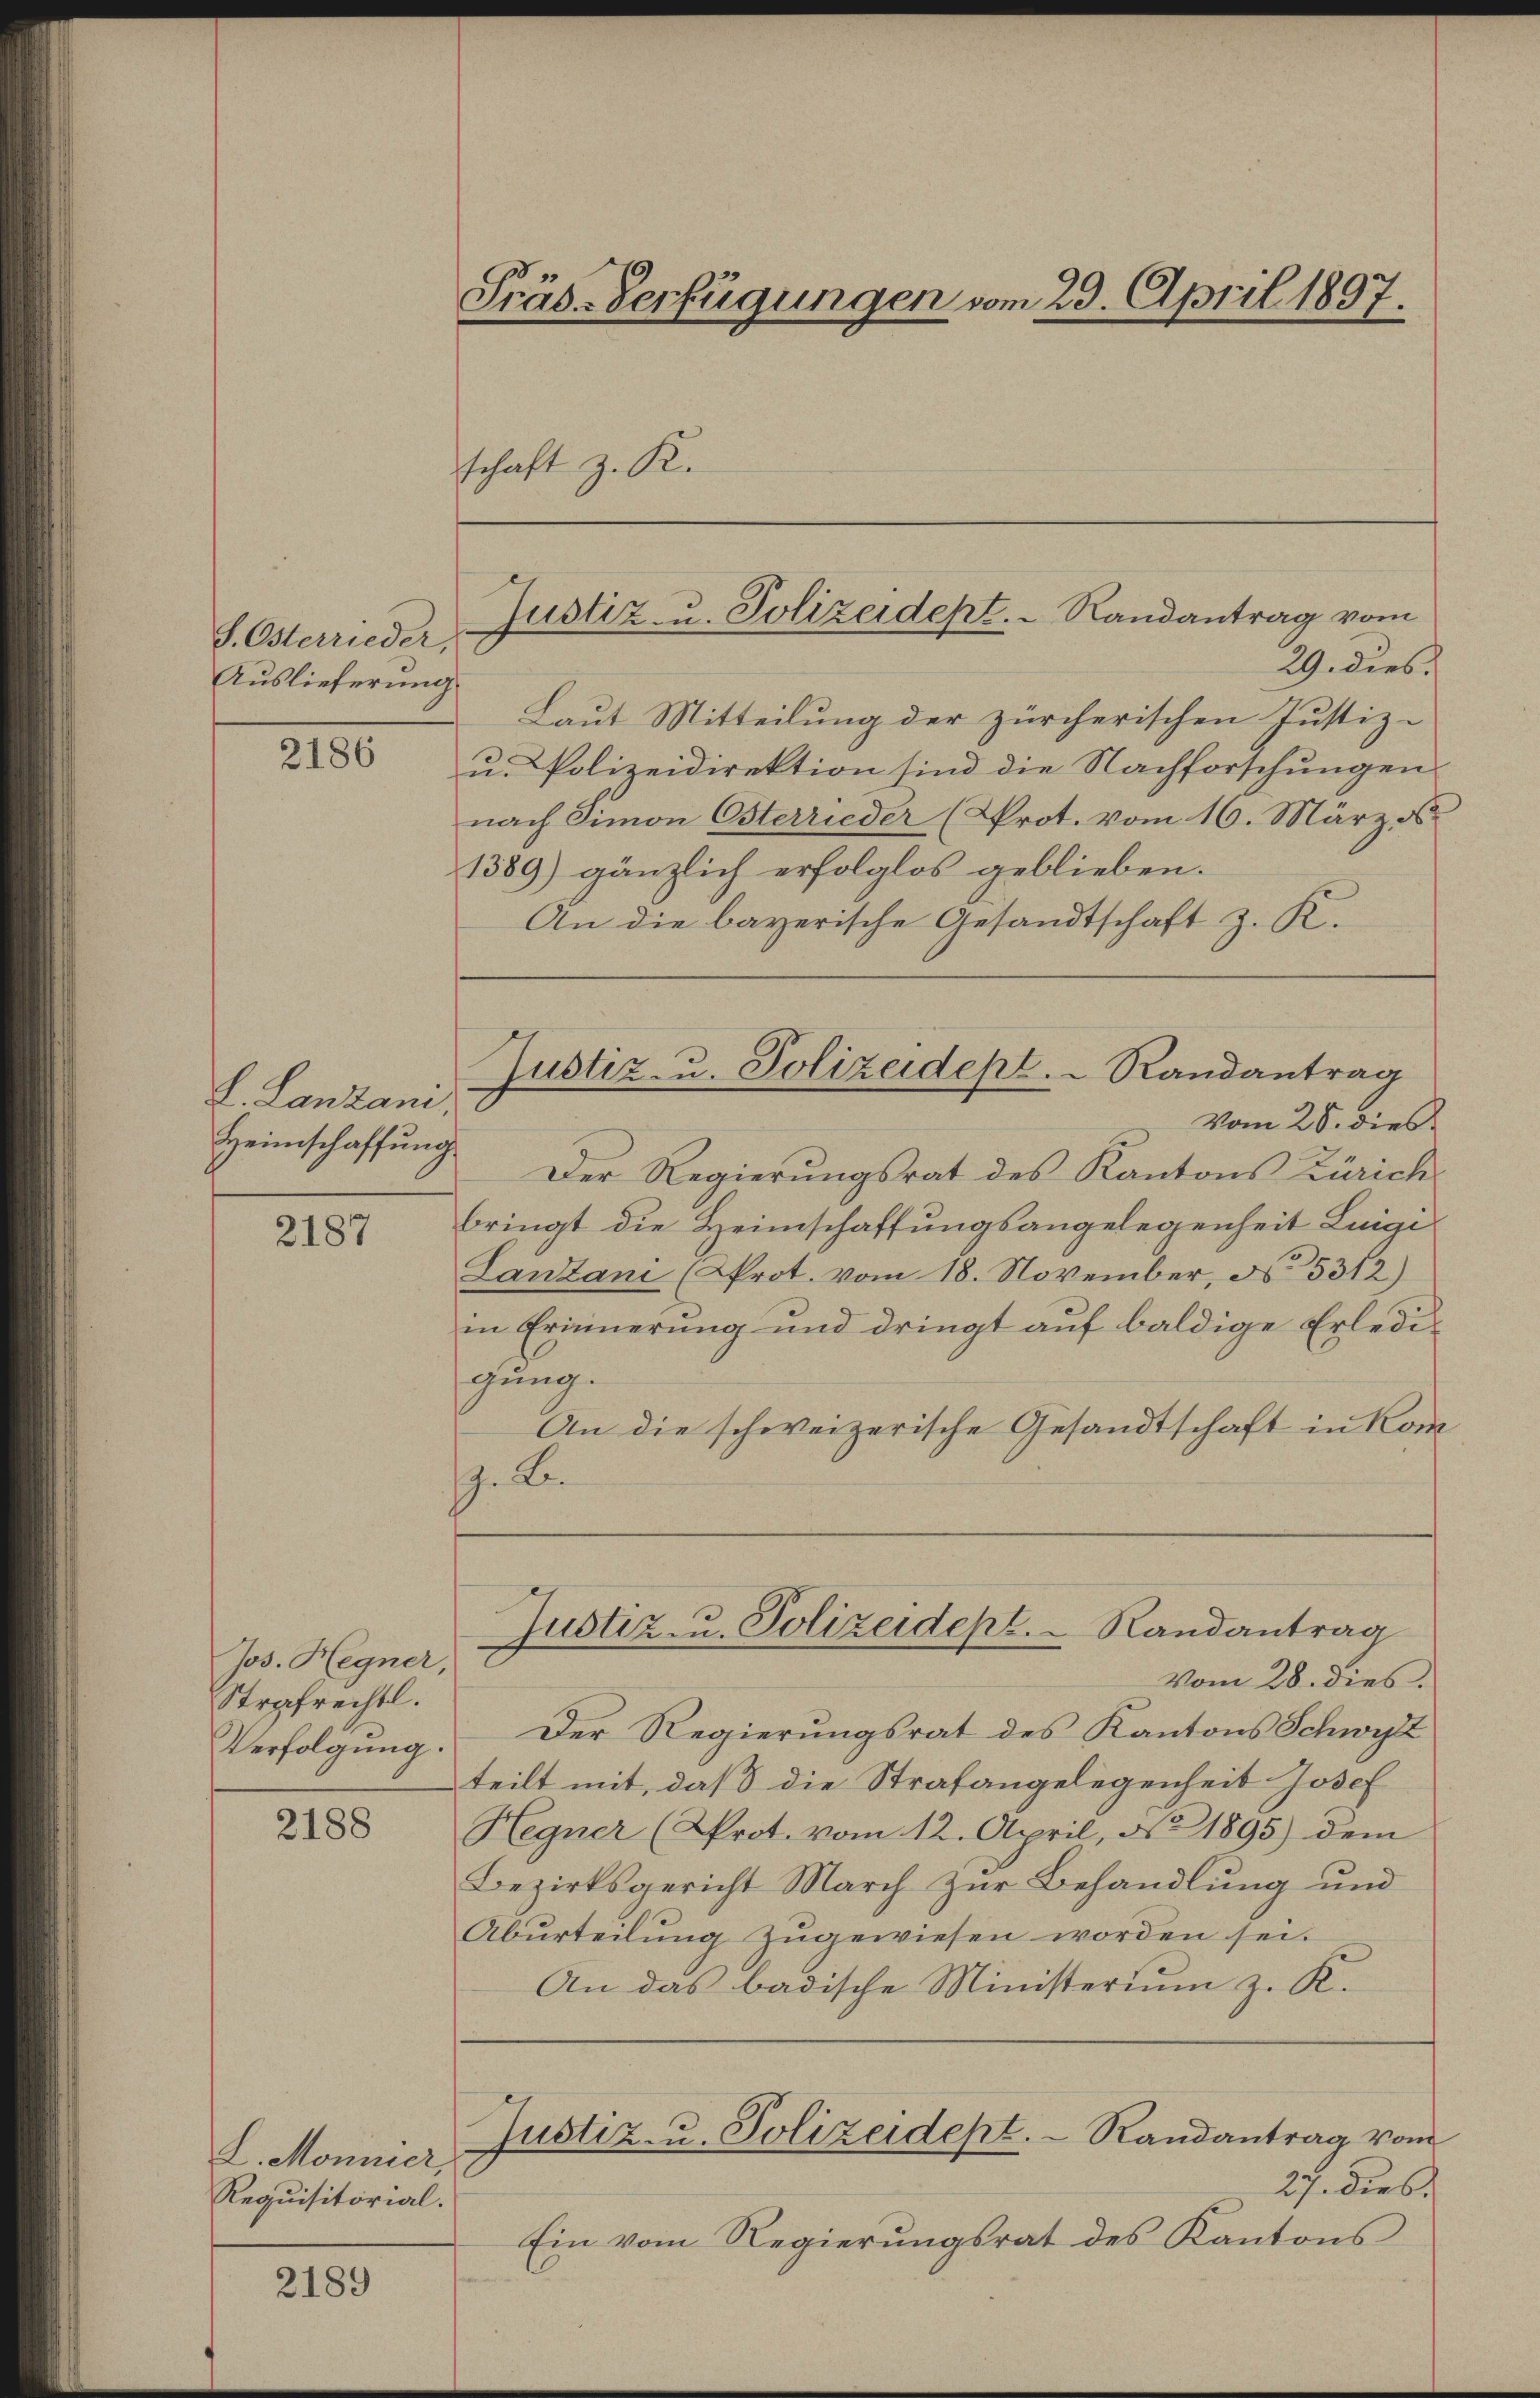
S. Osterrieder,
Auslieferung

2186

L. Lanzani,
Heimschaffung

2187

Jos. Hegner,
Strafrechtl.
Verfolgung.

2188

2189

Präs-Verfügungen vom 23. April 1897.
schaft z. R.

Laut Mitteilung der zürcherischen Justiz-
u. Polizeidirektion sind die Nachforschungen
nach Simon Osterrieder (Prot. vom 16. März s
1389) gänzlich erfolglos geblieben.
An die bayerische Gesandtschaft z. K.
Vom 25. dies
Der Regierungsrat des Kantons Zürich
bringt die Heimschaffungsangelegenheit Luigi
Lantani (Prot. vom 18. November, N. 5312)
in Erinnerung und dringt auf baldige Erledigung.
An die schweizerische Gesandtschaft in Kom
. B.
Justiz u. Polizeidept. Randantrag
Vom 28. dies
Der Regierungsrat des Kantons Schwyz
teilt mit, daß die Strafangelegenheit Josef
Hegner (Prot. vom 12. April, No 1895) dem
Bezirksgericht March Zŭr Behandlŭng ŭnd
Abŭrteilŭng zŭgewiesen worden sei.
An das badische Ministerium z. K.
Justiz- u. Polizeidept. Randantrag vom
27. dies
Ein vom Regierŭngsrat des Kantons

L. Monnier,
Requisitorial.

Justiz- u. Polizeidept. Randantrag vom
29. Dies f

Justiz- u. Polizeidept.   Randantrag